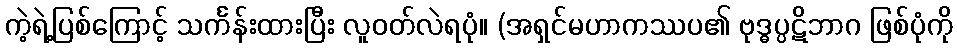
ကဲ့ရဲ့ပြစ်ကြောင့် သင်္ကန်းထားပြီး လူဝတ်လဲရပုံ။ (အရှင်မဟာကဿပ၏ ဗုဒ္ဓပ္ပဋိဘာဂ ဖြစ်ပုံကို